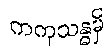
ကကုသန္ဓမှိ